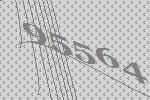
95564